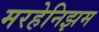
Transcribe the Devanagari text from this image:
मरहेनिझम